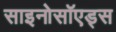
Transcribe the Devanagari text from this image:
साइनोसॉएड्स